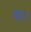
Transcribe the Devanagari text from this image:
था।